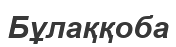
Бұлаққоба